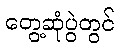
တွေ့ဆုံပွဲတွင်